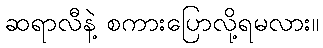
ဆရာလီနဲ့ စကားပြောလို့ရမလား။